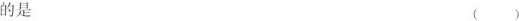
的是 ()